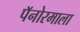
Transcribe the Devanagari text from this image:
पॅनोरमाला